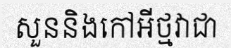
សួននិងកៅអីថ្មវាជា